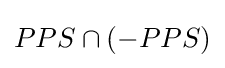
PPS\cap (-PPS)